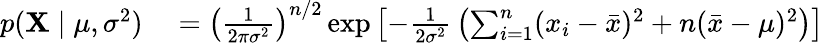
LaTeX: \begin{array}{rl}{p(\mathbf{X}\mid\mu,\sigma^{2})}&{{}=\left({\frac{1}{2\pi\sigma^{2}}}\right)^{n/2}\exp\left[-{\frac{1}{2\sigma^{2}}}\left(\sum_{i=1}^{n}(x_{i}-{\bar{x}})^{2}+n({\bar{x}}-\mu)^{2}\right)\right]}\end{array}